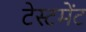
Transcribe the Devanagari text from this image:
टेस्टमेंट